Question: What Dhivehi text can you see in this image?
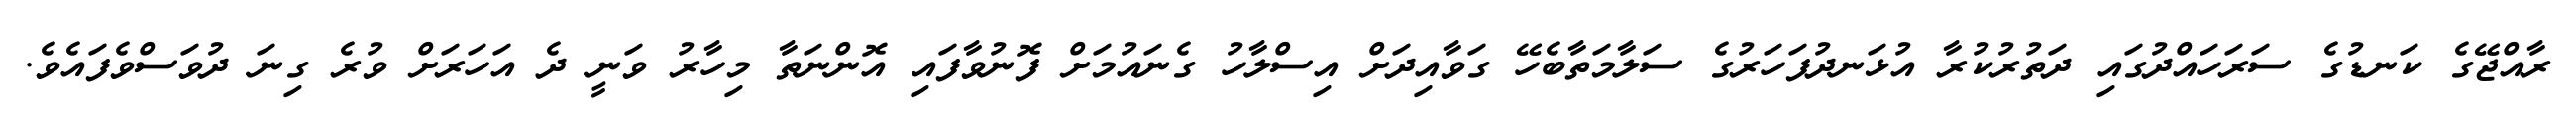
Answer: ރާއްޖޭގެ ކަނޑުގެ ސަރަހައްދުގައި ދަތުރުކުރާ އުޅަނދުފަހަރުގެ ސަލާމަތާބެހޭ ގަވާއިދަށް އިސްލާހު ގެނައުމަށް ފޮނުވާފައި އޮންނަތާ މިހާރު ވަނީ ދެ އަހަރަށް ވުރެ ގިނަ ދުވަސްވެފައެވެ.